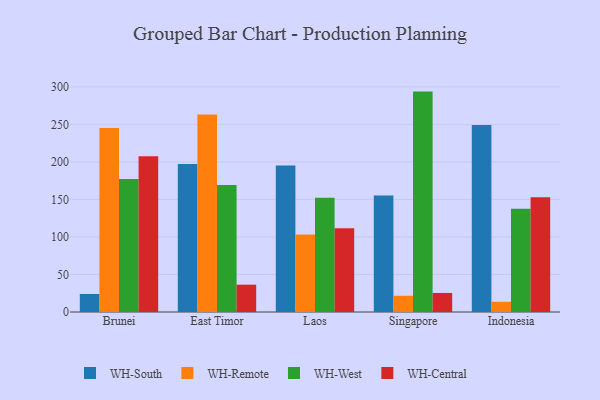
{"axis": {"x": "Country", "y": "Operating Costs (USD K)"}, "legend": ["WH-Central", "WH-Remote", "WH-South", "WH-West"], "data": [{"x": "Brunei", "y": 24.0, "type": "WH-South"}, {"x": "Brunei", "y": 245.1, "type": "WH-Remote"}, {"x": "Brunei", "y": 177.1, "type": "WH-West"}, {"x": "Brunei", "y": 207.4, "type": "WH-Central"}, {"x": "East Timor", "y": 197.2, "type": "WH-South"}, {"x": "East Timor", "y": 263.1, "type": "WH-Remote"}, {"x": "East Timor", "y": 169.3, "type": "WH-West"}, {"x": "East Timor", "y": 36.4, "type": "WH-Central"}, {"x": "Laos", "y": 195.1, "type": "WH-South"}, {"x": "Laos", "y": 103.4, "type": "WH-Remote"}, {"x": "Laos", "y": 152.3, "type": "WH-West"}, {"x": "Laos", "y": 111.5, "type": "WH-Central"}, {"x": "Singapore", "y": 155.4, "type": "WH-South"}, {"x": "Singapore", "y": 21.6, "type": "WH-Remote"}, {"x": "Singapore", "y": 293.7, "type": "WH-West"}, {"x": "Singapore", "y": 25.4, "type": "WH-Central"}, {"x": "Indonesia", "y": 249.1, "type": "WH-South"}, {"x": "Indonesia", "y": 13.6, "type": "WH-Remote"}, {"x": "Indonesia", "y": 137.6, "type": "WH-West"}, {"x": "Indonesia", "y": 153.0, "type": "WH-Central"}]}